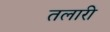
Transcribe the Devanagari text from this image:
तलारी